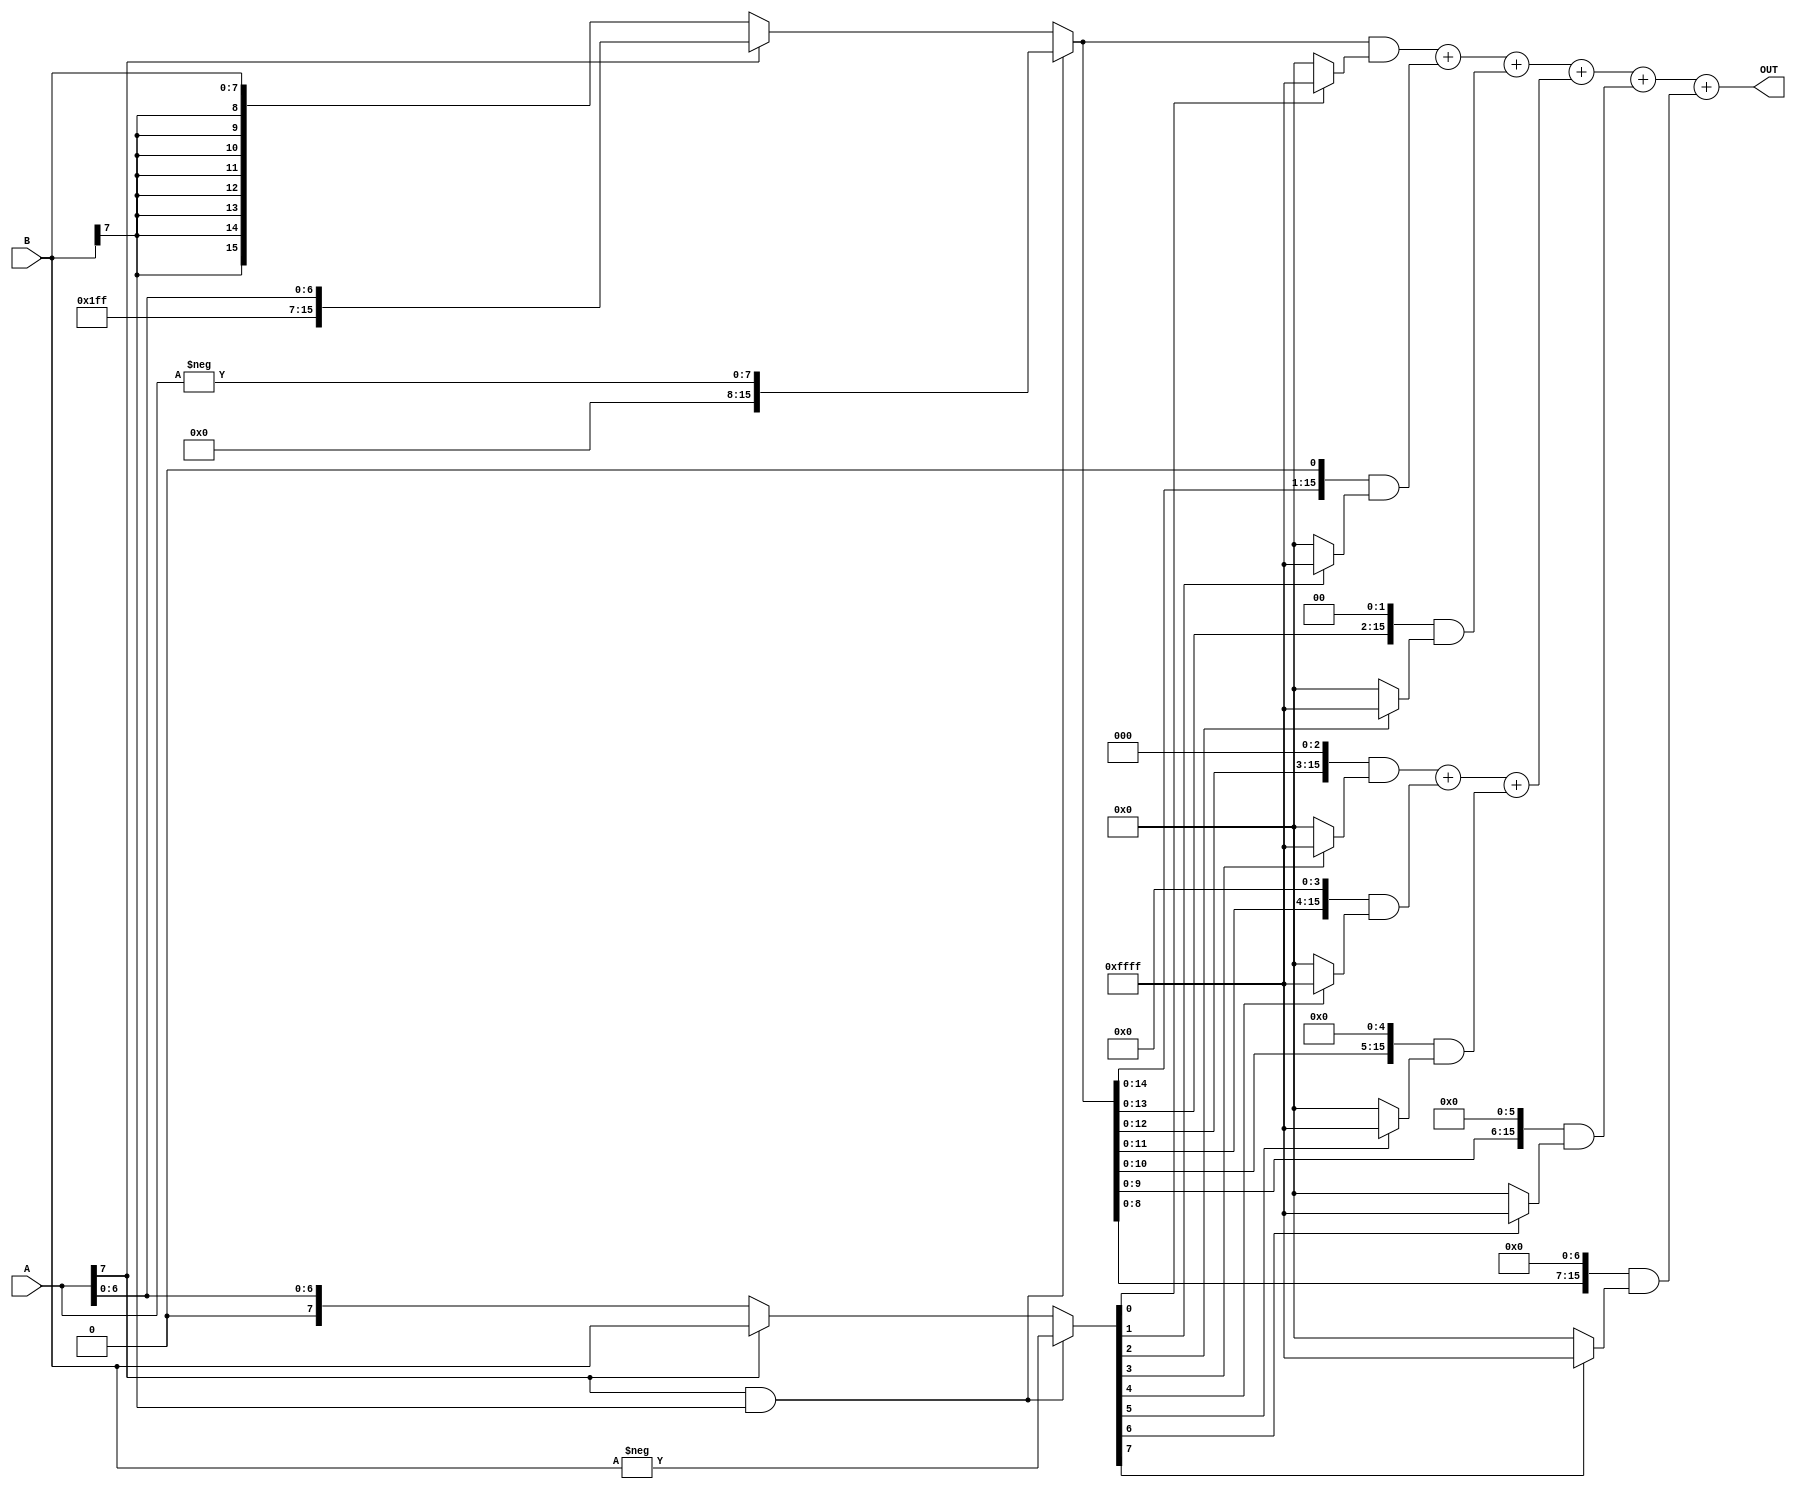
module wallace_tree (
    input signed [7:0] A,
    input signed [7:0] B,
    output wire signed [15:0] OUT
);

wire signed [15:0] A_extended;
wire signed [15:0] B_extended;
wire signed [15:0] partial_products [7:0]; 
wire signed [15:0] partial_products_reverse [7:0]; 
wire signed [15:0] added,extended;
wire signed [7:0] A_com,B_com;
assign A_com=-A;
assign B_com=-B;
assign A_extended = {{8{A[7]}}, A[7:0]};
assign B_extended = {{8{B[7]}}, B[7:0]};
assign added =(A_extended[15] & B_extended[15]) ? {{8{1'b0}},A_com}:A_extended[15]?A_extended:B_extended;
assign extended = (A_extended[15] & B_extended[15]) ? {{8{1'b0}}, B_com}:A_extended[15]?B_extended:A_extended;

assign partial_products[0] = added & (extended[0] ? 16'b1111111111111111 : 16'b0000000000000000);
assign partial_products[1] = added << 1 & (extended[1] ? 16'b1111111111111111 : 16'b0000000000000000);
assign partial_products[2] = added << 2 & (extended[2] ? 16'b1111111111111111 : 16'b0000000000000000);
assign partial_products[3] = added << 3 & (extended[3] ? 16'b1111111111111111 : 16'b0000000000000000);
assign partial_products[4] = added << 4 & (extended[4] ? 16'b1111111111111111 : 16'b0000000000000000);
assign partial_products[5] = added << 5 & (extended[5] ? 16'b1111111111111111 : 16'b0000000000000000);
assign partial_products[6] = added << 6 & (extended[6] ? 16'b1111111111111111 : 16'b0000000000000000);
assign partial_products[7] = added << 7 & (extended[7] ? 16'b1111111111111111 : 16'b0000000000000000);



wire signed [15:0] G0, G1;

assign G0 = partial_products[0] + partial_products[1]+partial_products[2];
assign G1 = partial_products[3] + partial_products[4]+partial_products[5];

wire signed [15:0] F0;

assign F0 = G0 + G1+partial_products[6];

assign OUT = F0+partial_products[7];
endmodule